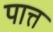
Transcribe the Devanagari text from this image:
पात्त